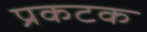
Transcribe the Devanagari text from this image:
प्रकटक